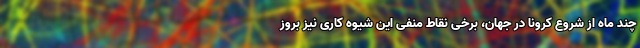
چند ماه از شروع کرونا در جهان، برخی نقاط منفی این شیوه کاری نیز بروز